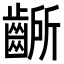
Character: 齭